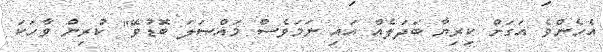
އެހެންވެ އަގަށް ކިރިޔާ ބަދަލެއް އައި ނަމަވެސް މައްސަލަ ބޮޑުވޭ" ކުރިން ވާހަކަ